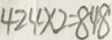
4 2 4 \times 2 = 8 4 8